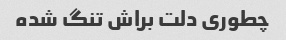
چطوری دلت براش تنگ شده